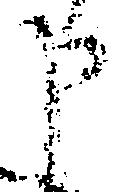
申